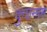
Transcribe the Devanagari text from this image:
कुशनाम